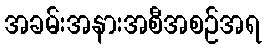
အခမ်းအနားအစီအစဉ်အရ